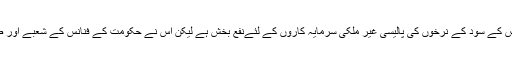
اس کے بعد اسٹیٹ بینک ہے جس کے سود کے نرخوں کی پالیسی غیر ملکی سرمایہ کاروں کے لئےنفع بخش ہے لیکن اس نے حکومت کے فنانس کے شعبے اور صنعت کے پائوں اکھاڑدیے ہیں۔